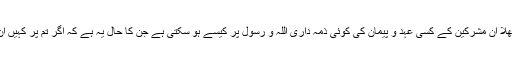
اس ذہن کے لوگوں کو سامنے رکھ کر فرمایا جا رہا ہے کہ بھلا ان مشرکین کے کسی عہد و پیمان کی کوئی ذمہ داری اللہ و رسول پر کیسے ہو سکتی ہے جن کا حال یہ ہے کہ اگر تم پر کہیں ان کا زور چل جائے تو نہ قرابت کا پاس کریں نہ کسی عہد کا۔